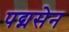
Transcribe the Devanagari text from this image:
पद्मसेन